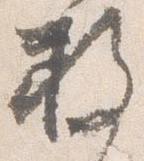
枚